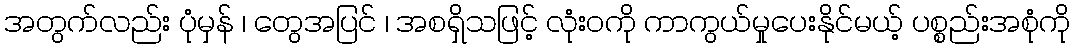
အတွက်လည်း ပုံမှန် ၊ တွေအပြင် ၊ အစရှိသဖြင့် လုံးဝကို ကာကွယ်မှုပေးနိုင်မယ့် ပစ္စည်းအစုံကို